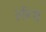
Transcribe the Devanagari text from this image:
लेंग्थ